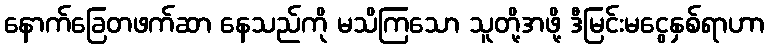
နောက်ခြေတဖက်ဆာ နေသည်ကို မသိကြသော သူတို့အဖို့ ဒီမြင်းမငွေနှစ်ရာဟာ